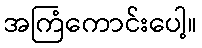
အကြံကောင်းပေါ့။